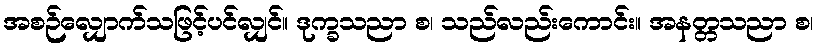
အစဉ်လျှောက်သဖြင့်ပင်လျှင်။ ဒုက္ခသညာ စ၊ သည်လည်းကောင်း။ အနတ္တသညာ စ၊